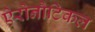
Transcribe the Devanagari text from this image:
ऐरोनौटिकल